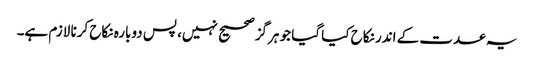
یہ عدت کے اندر نکاح کیا گیا جو ہرگز صحیح نہیں، پس دوبارہ نکاح کرنا لازم ہے۔